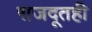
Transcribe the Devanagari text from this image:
राजदूतही